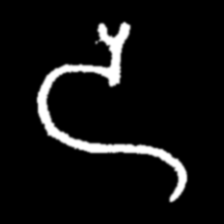
Pyu character \u2014 Myanmar letter: ဒ (romanized: da)